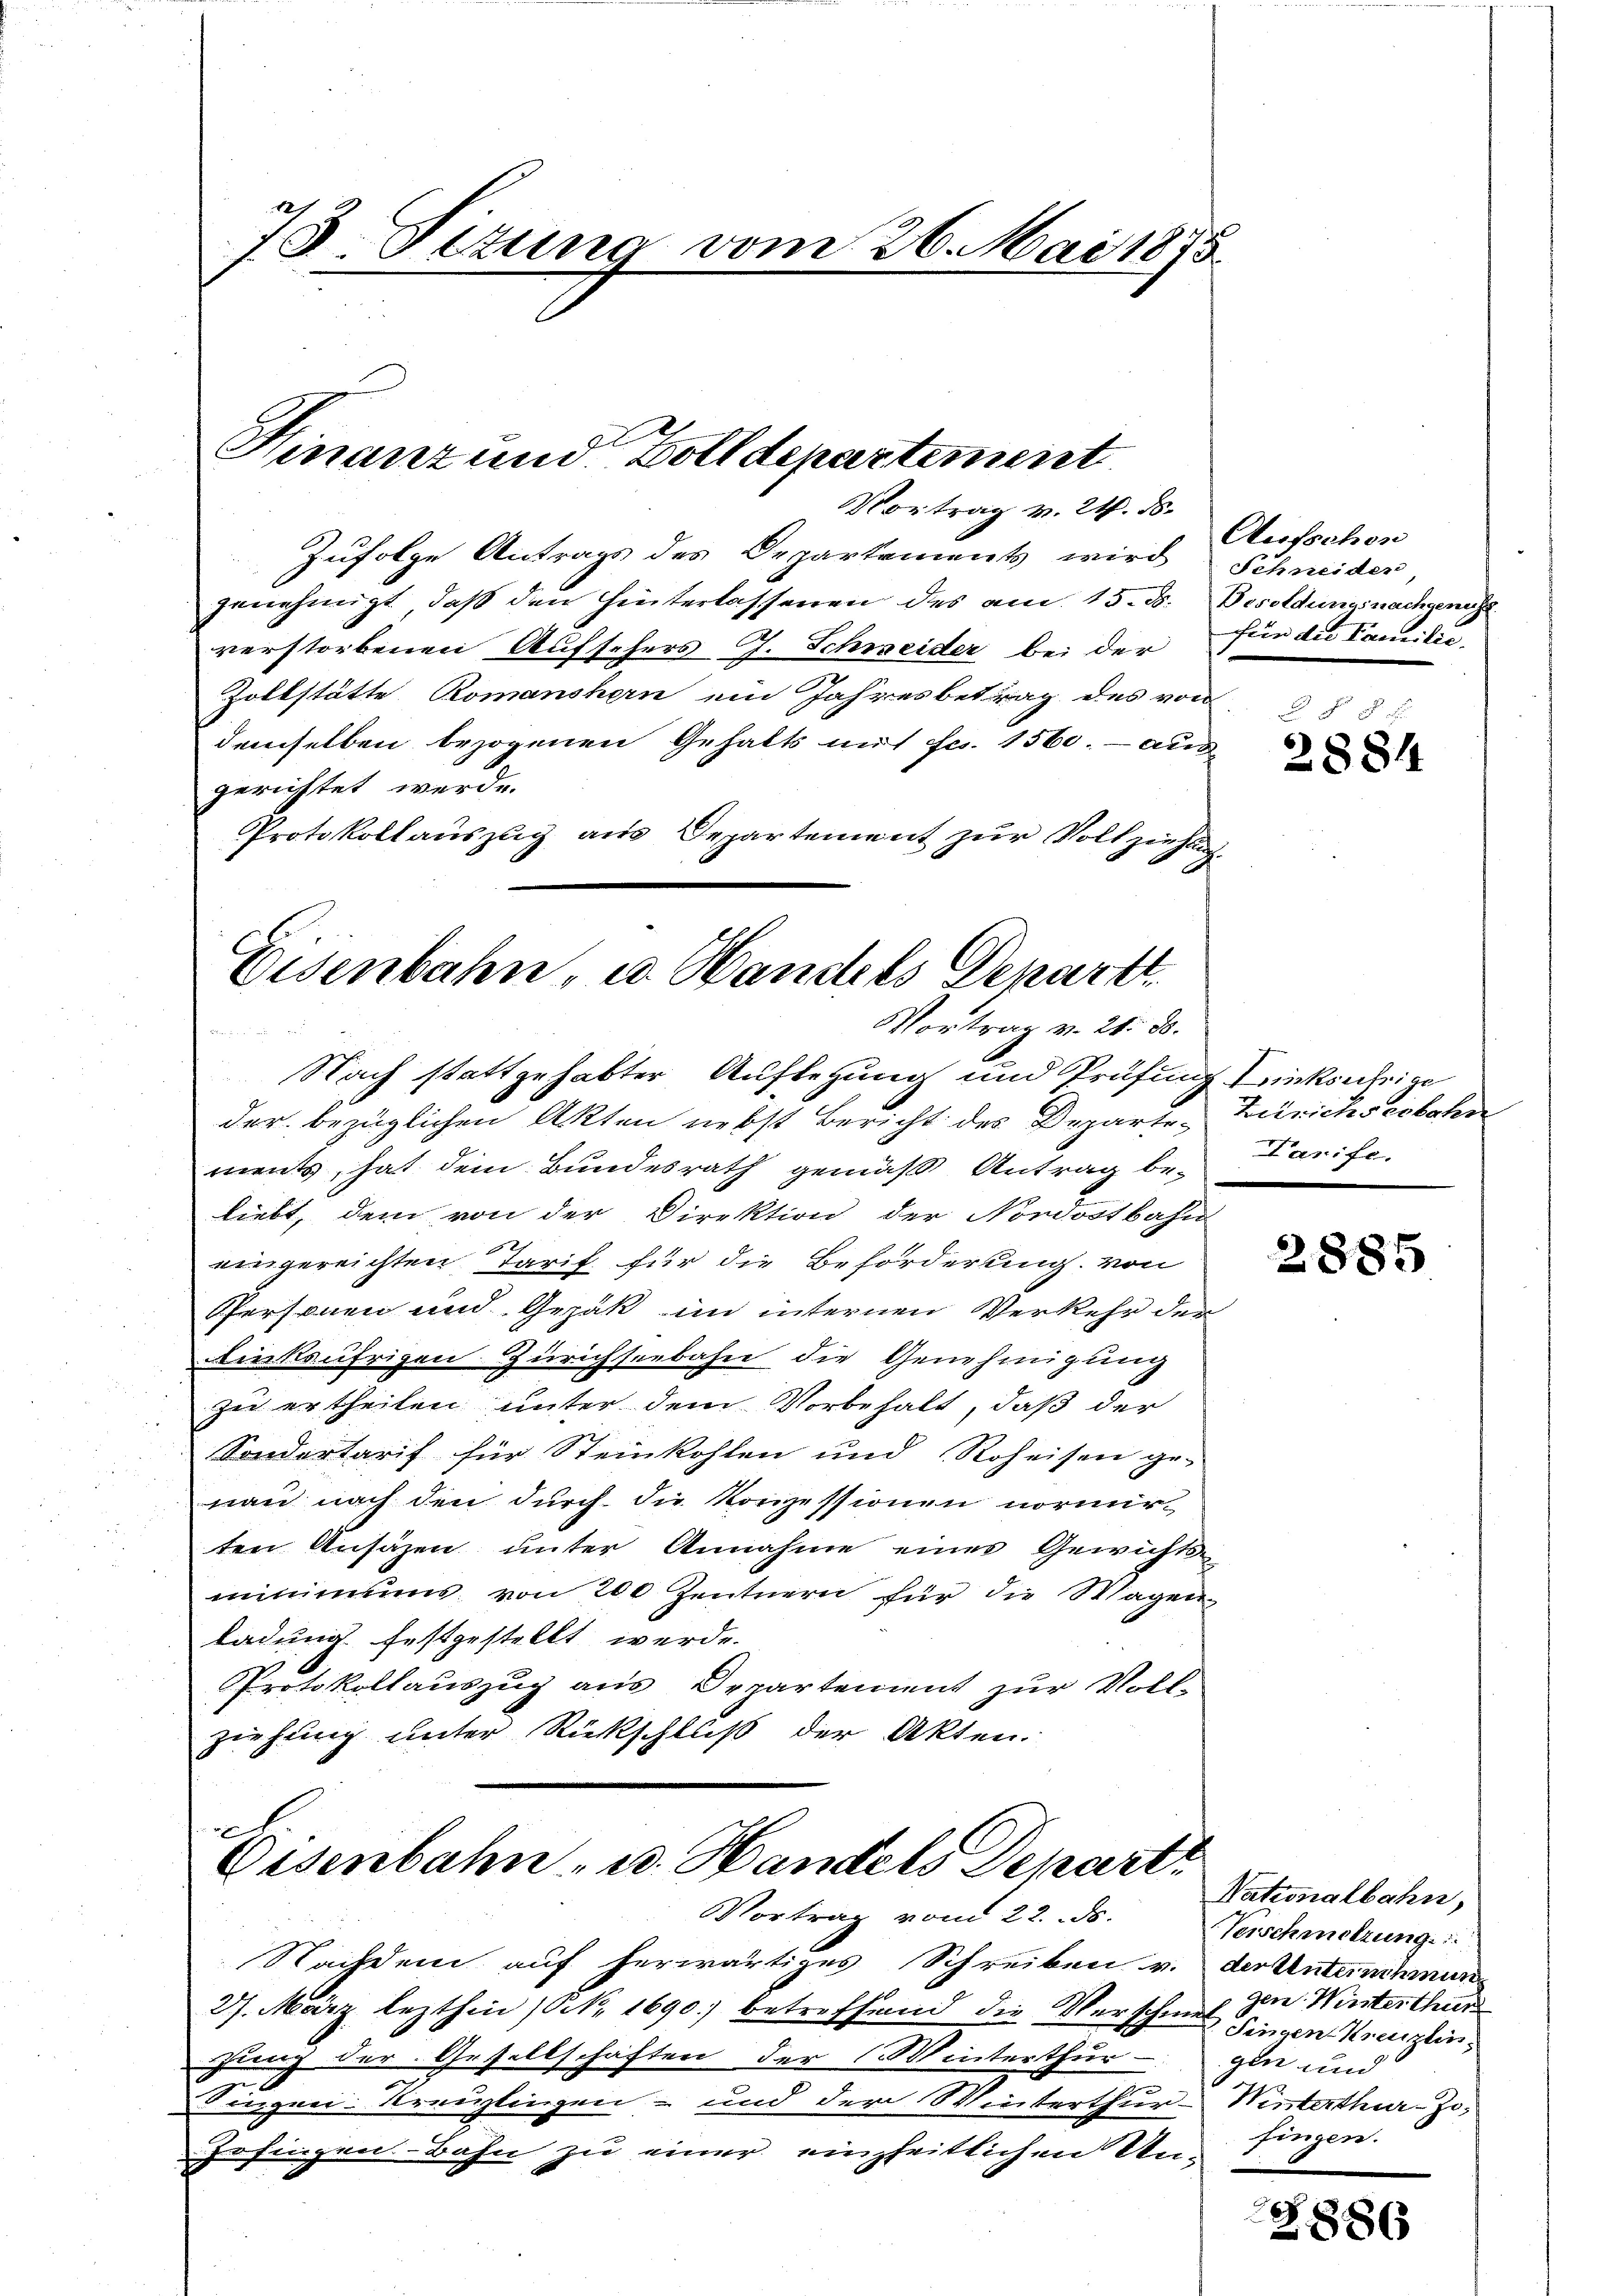
Zufolge Antrags des Departements wird Schneider,
genehmigt, daß den hinterlassenen des am 15. d. Besoldung nachgenug
verstorbenen Aufsehers J. Schweider bei der
Zollstätte Romanshorn ein Jahresbetrag des von
demselben bezogenen Gehalts mit Fr. 1560. - aus
gerichtet werde.
Protokollauszug aus Departement zur Vollziehung.

Eisenbahn, u. Handels Depart
Vortrag v. 21. ds.
Nach stattgehabter Auflegung und Prüfung Tunksufrige

73 Sizung vom 26. Mai 1855

Finanz und Zolldepartement
Vortrag v. 24. d.

der bezüglichen Akten nebst Bericht des Departe-
ments, hat dem Bundesrath gemäß Antrag be-
liebt, dem von der Direktion der Nordostbahn
eingereichten Tarif für die Beförderung von
Personen und Gezak im internen Verkehr den
inksufrigen Zürichseebahn die Genehmigung
zu ertheilen unter dem Vorbehalt, daß der
Sondertarif für Steinkohlen und Roheisen ge-
nan nach den dŭrch die Konzessionen normirten Ansäzen unter Annahme eines Gewichts-
minimums von 200 Zentnern für die Stagen
ladung festgestellt werde.
Protokollauszug aus Departement zur Voll-
ziehung unter Rückschluß der Akten.

e
Eisenbahn- u. Handels Depart
Vortrag von 22. ds.

Nachdem auf herwärtiges Schreiben v.
27. März lezthin (N. 1690) betreffend die Verschmut zu Winterthur
quenz der Gesellschaften der (Winterthur
Singen Kreuzlingen und der Winterthur-Winterthur-Zo-
Erfingen-Bahn zu einer einzheitlichen Un¬

Aufschen
für die Familie

2884

Zürichseebahn
Tarife.

2885.

Nationalbahn,
Verschmitzung.
der Unternehmung
Singen Kreuzlin
gen und
fingen.

886